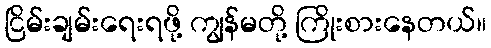
ငြိမ်းချမ်းရေးရဖို့ ကျွန်မတို့ ကြိုးစားနေတယ်။